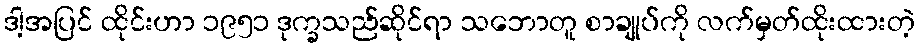
ဒါ့အပြင် ထိုင်းဟာ ၁၉၅၁ ဒုက္ခသည်ဆိုင်ရာ သဘောတူ စာချုပ်ကို လက်မှတ်ထိုးထားတဲ့